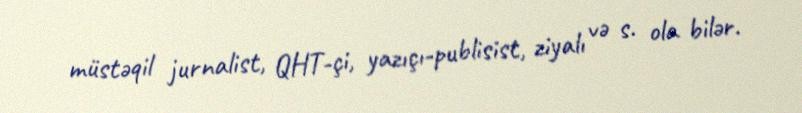
müstəqil jurnalist, QHT-çi, yazıçı-publisist, ziyalı və s. ola bilər.